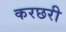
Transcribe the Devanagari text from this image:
करछरी